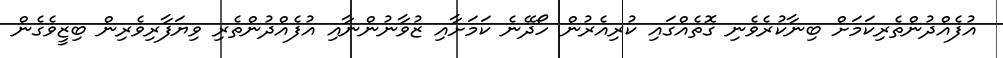
އުފެއްދުންތެރިކަމަށް ބިނާކުރެވެނި ގޮތެއްގައި ކުރިއެރުން ހޯދޭނެ ކަމަށާއި ޒުވާނުންނާއި އުފެއްދުންތެރި ވިޔަފާރިވެރިން ބިޒީވެގެން